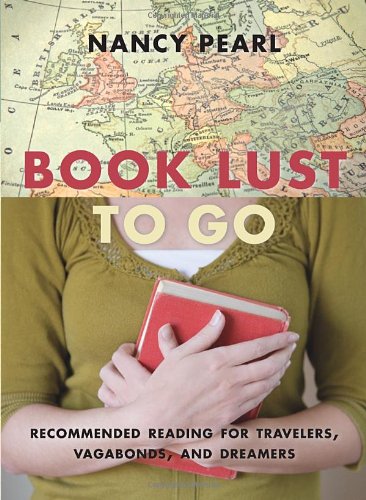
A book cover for Book Lust To Go: Recommended Reading for Travelers, Vagabonds, and Dreamers; Nancy Pearl; Literature & Fiction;